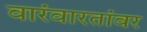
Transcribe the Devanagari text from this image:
वारंवारतांवर